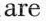
are